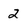
Character: 2